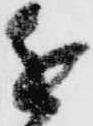
進